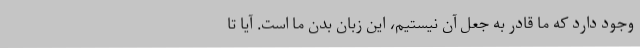
وجود دارد که ما قادر به جعل آن نیستیم، این زبان بدن ما است. آیا تا